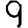
Digit: 9